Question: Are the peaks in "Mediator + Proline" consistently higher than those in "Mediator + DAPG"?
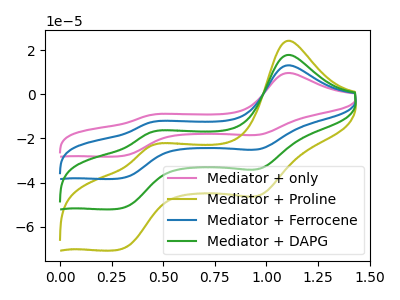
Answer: <think>The pink curve "Mediator + only" has anodic peaks at (1.10V, 53.80uA) (0.45V, -51.75uA) and cathodic peaks at (0.95V, -101.15uA) (0.30V, -155.45uA). The olive curve "Mediator + Proline" has anodic peaks at (1.10V, 24.35uA) (0.45V, -23.45uA) and cathodic peaks at (0.95V, -45.80uA) (0.30V, -70.40uA). The blue curve "Mediator + Ferrocene" has anodic peaks at (1.10V, 35.90uA) (0.45V, -34.50uA) and cathodic peaks at (0.95V, -67.45uA) (0.30V, -103.65uA). The green curve "Mediator + DAPG" has anodic peaks at (1.10V, 17.95uA) (0.45V, -17.25uA) and cathodic peaks at (0.95V, -33.70uA) (0.30V, -51.80uA).</think>
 <answer>The peaks in "Mediator + Proline" are neither all higher or all lower than the peaks in "Mediator + DAPG".</answer>
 <eval>mixed</eval>